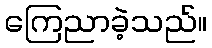
ကြေညာခဲ့သည်။